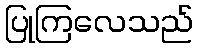
ပြုကြလေသည်